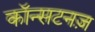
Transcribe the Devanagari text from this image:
कॉन्सटनज़